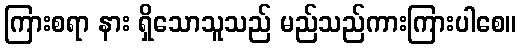
ကြားစရာ နား ရှိသောသူသည် မည်သည်ကားကြားပါစေ။